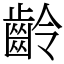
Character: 齡